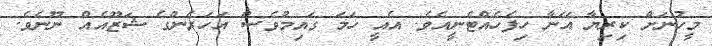
މީހުނަށް ކިރިޔާ އޭނާ ހިފެހެއްޓެނީއެވެ. އެއީ ހަމަ ގައިމުވެސް އަހަރެންގެ ޝަޒޫއެއް ނޫނެވެ.